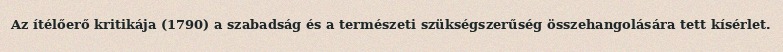
Az ítélőerő kritikája (1790) a szabadság és a természeti szükségszerűség összehangolására tett kísérlet.